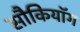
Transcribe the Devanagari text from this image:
सौकियॉग